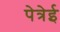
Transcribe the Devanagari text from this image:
पेत्रेई